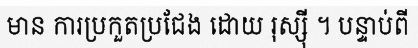
មាន ការប្រកួតប្រជែង ដោយ រុស្ស៊ី ។ បន្ទាប់ពី